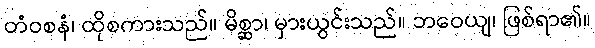
တံဝစနံ၊ ထိုစကားသည်။ မိစ္ဆာ၊ မှားယွင်းသည်။ ဘဝေယျ၊ ဖြစ်ရာ၏။